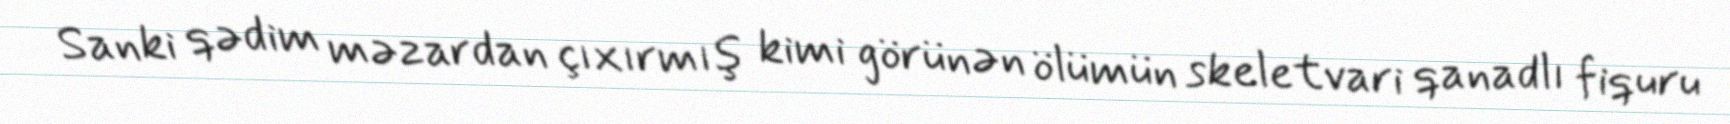
Sanki qədim məzardan çıxırmış kimi görünən ölümün skeletvari qanadlı fiquru